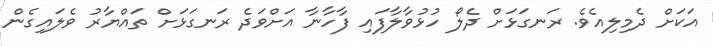
އަކަށް ދެމިލިއެވެ. ރަނގަޅަށް ދެލޯ ހުޅުވާލާފައި ފާހާނާ އަށްވަދެ ރަނގަޅަށް ތައްޔާރު ވެލައިގެން